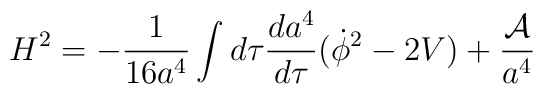
H^2=-\frac{1}{16 a^4}\int d\tau \frac{da^4}{d\tau}(\dot \phi^2-2V)+ \frac{\cal A}{a^4}